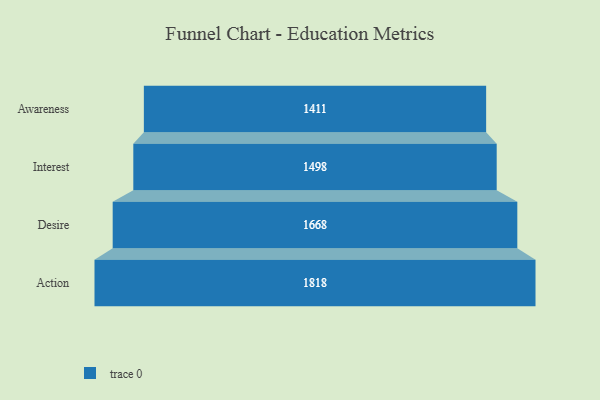
{"axis": {"x": "Stage", "y": "Value"}, "legend": [""], "data": [{"x": "Awareness", "y": 1411.0, "type": ""}, {"x": "Interest", "y": 1498.0, "type": ""}, {"x": "Desire", "y": 1668.0, "type": ""}, {"x": "Action", "y": 1818.0, "type": ""}]}